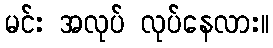
မင်း အလုပ် လုပ်နေလား။